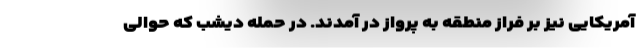
آمریکایی نیز بر فراز منطقه به پرواز در آمدند. در حمله دیشب که حوالی